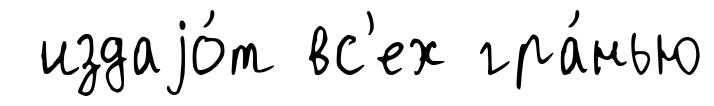
издаjо́т вс'ех гра́нью